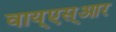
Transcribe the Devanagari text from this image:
वाय्‌एस्‌आर